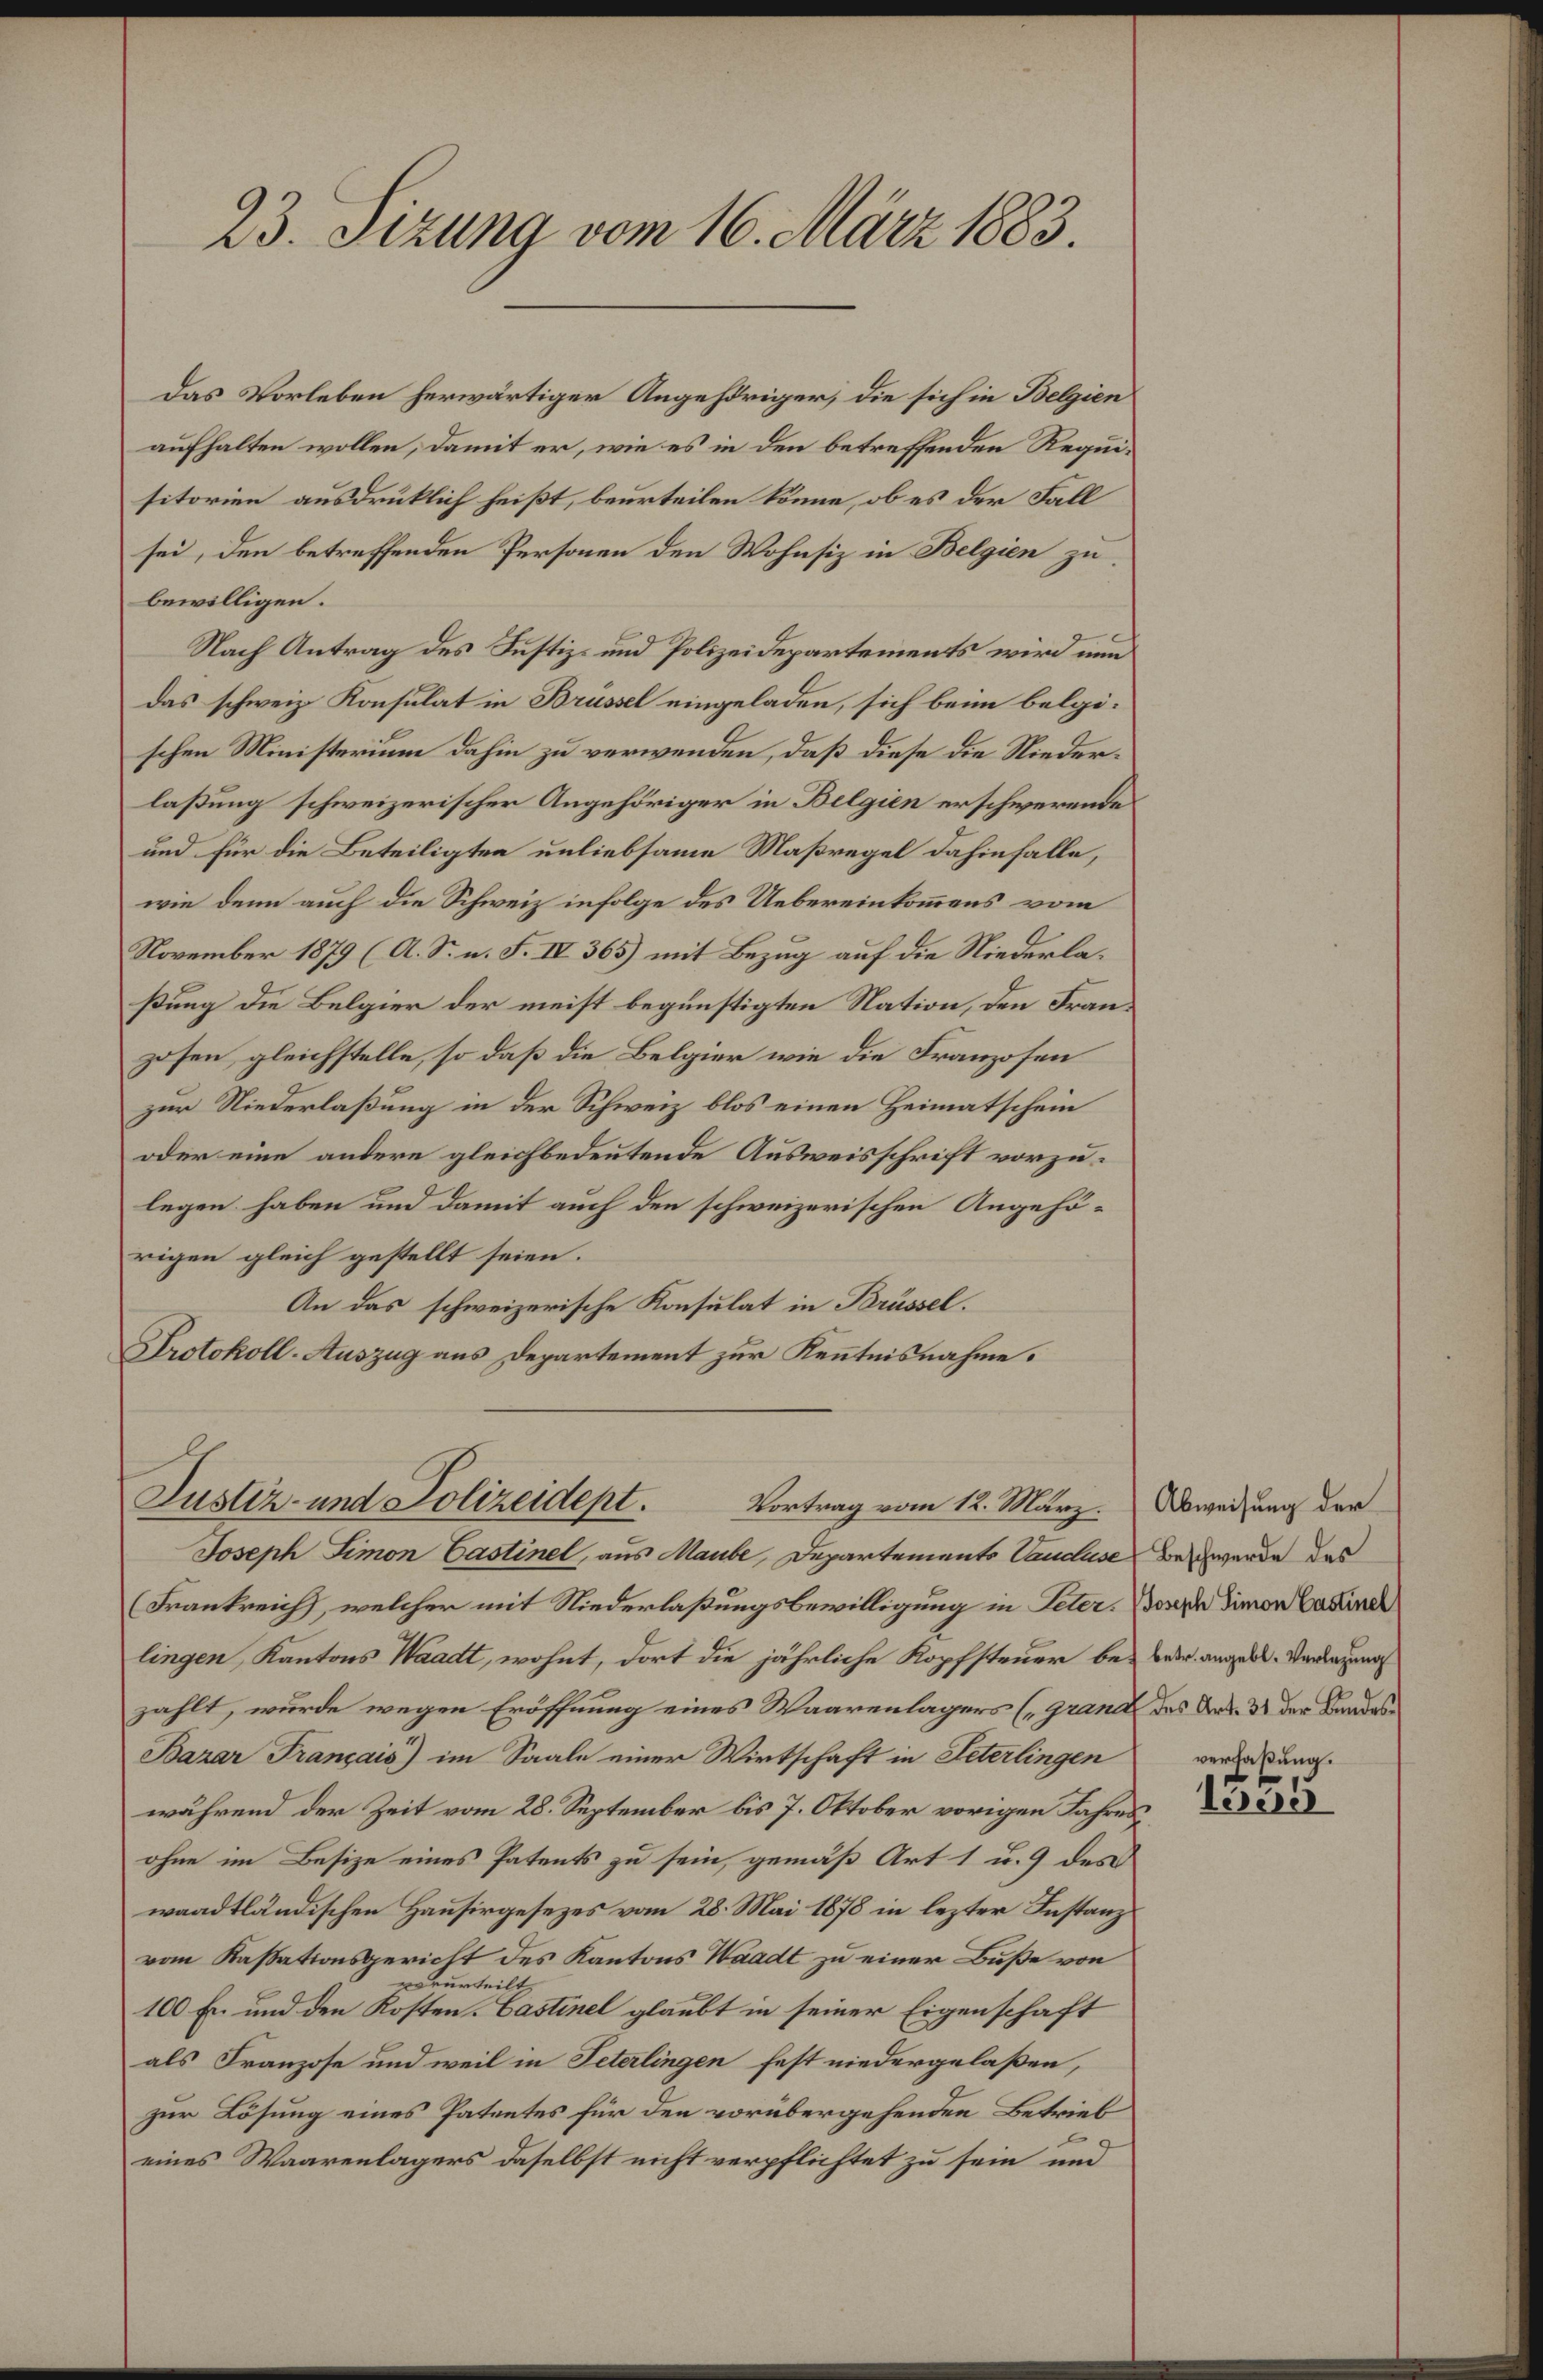
23. Sizung vom 16. März 1883.

Das Vorleben herwärtiger Angehöriger, die sich in Belgien
aufhalten wollen, damit er, wie es in den betreffenden Requisitorien ausdrüklich heißt, beurteilen könne, ob es der Fall
sei, den betreffenden Personen den Wohnsiz in Belgien zu
bewilligen.
Nach Antrag des Justiz- und Polizeidepartements wird nun
das schweiz. Konsulat in Brüssel eingeladen, sich beim belgischen Ministerium dahin zu verwenden, daß diese die Niederlaßung schweizerischer Angehöriger in Belgien erschwerende
und für die Beteiligten unliebsame Maßregel dahinfalle,
wie denn auch die Schweiz infolge des Uebereinkommens vom
November 1879 (A. S. n. F. IV 365) mit Bezug auf die Niederlaßung die Belgier der meist begünstigten Nation, den Franzosen gleichstelle, so daß die Belgier wie die Franzosen
zur Niederlaßung in der Schweiz blos einen Heimatschein
oder eine andere gleichbedeutende Ausweisschrift vorzulegen haben und damit auch den schweizerischen Angehörigen gleich gestellt seien.
An das schweizerische Konsulat in Brüssel.
Protokoll-Auszug aus Departement zur Kenntnisnahme.
Justiz- und Polizeidept.
Vortrag vom 12. März.
Joseph Simon Castinel, aus Maube, Departements Vanduse
Frankreich, welcher mit Niederlaßungsbewilligung in Peter. Joseph Simon Casind
lingen, Kantons Waadt, wohnt, dort die jährliche Kopfsteuer bezahlt, wurde wegen Eröffnung eines Waarenlagers (Grand des Art. 3 der Bandes¬
Bazar Français) im Saale einer Wirtschaft in Peterlingen
während der Zeit vom 28. September bis 7. Oktober vorigen Jahresohne im Besize eines Patents zu sein, gemäß Art 1 u. 9 des
waadtländischen Hausirgesezes vom 28. Mai 1878 in lezter Instanzvom Kassationsgericht des Kantons Waadt zu einer Buße von
verurteilt
100 En und den Kosten-Castinel glaubt in seiner Eigenschaft
als Franzose und weil in Peterlingen fest niedergelaßen,
zur Lösung eines Patentes für den vorübergehenden Betrieb
eines Waarenlagers daselbst nicht verpflichtet zu sein und

Abweisung der
Beschwerde des
betr. angebl. Verlegung
verfaßung.

ede